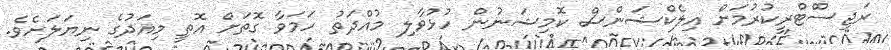
ރަޖިސްްޓްރީކުރުމަށް އިލެކްޝަންސް ކޮމިޝަނުން ހުޅުވާލި މުއްދަތު ހަމަވާ ގޮތަށް އޮތީ މިއަދުގެ ނިޔަލަށެވެ.